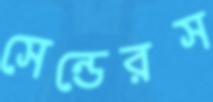
সেন্ডেরস